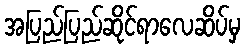
အပြည်ပြည်ဆိုင်ရာလေဆိပ်မှ